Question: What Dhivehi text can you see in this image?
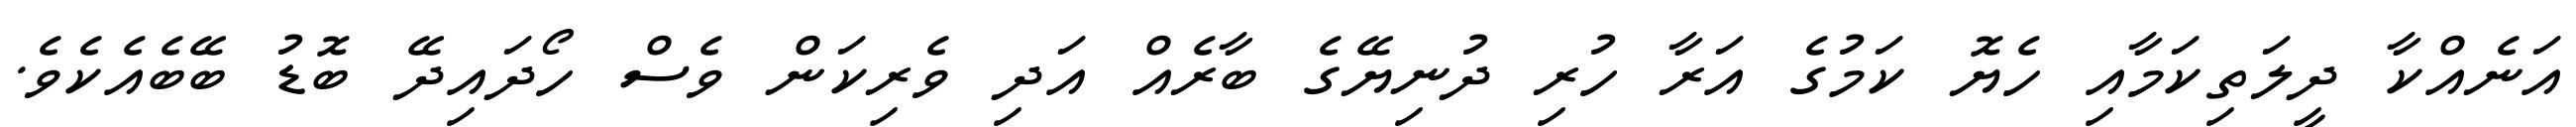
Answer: އަނެއްކާ ދީލަތިކަމާއި ހެޔޮ ކަމުގެ އަރާ ހުރި ދުނިޔޭގެ ބާރެއް އަދި ވެރިކަން ވެސް ހޯދައިދޭ ބޮޑު ބޭބެއެކެވެ.